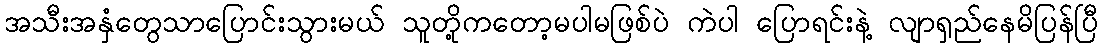
အသီးအနှံတွေသာပြောင်းသွားမယ် သူတို့ကတော့မပါမဖြစ်ပဲ ကဲပါ ပြောရင်းနဲ့ လျာရှည်နေမိပြန်ပြီ